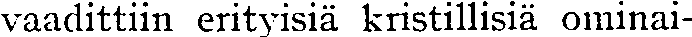
vaadittiin erityisiä kristillisiä ominai-